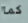
كما